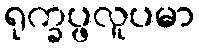
ရုက္ခပ္ဖလူပမာ